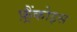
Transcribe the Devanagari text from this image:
फ़्रैंकोइस